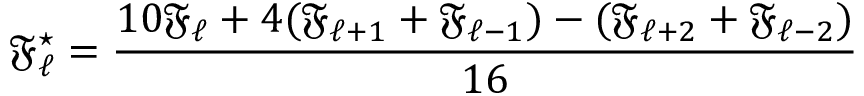
\mathfrak { F _ { \ell } ^ { \star } } = \frac { 1 0 \mathfrak { F _ { \ell } } + 4 ( \mathfrak { F _ { \ell + 1 } } + \mathfrak { F _ { \ell - 1 } } ) - ( \mathfrak { F _ { \ell + 2 } } + \mathfrak { F _ { \ell - 2 } } ) } { 1 6 }